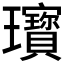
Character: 𤫞